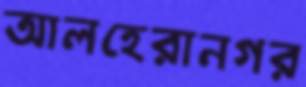
আলহেরানগর